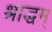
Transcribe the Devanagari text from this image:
श्राद्धम्‌